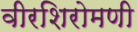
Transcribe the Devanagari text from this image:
वीरशिरोमणी